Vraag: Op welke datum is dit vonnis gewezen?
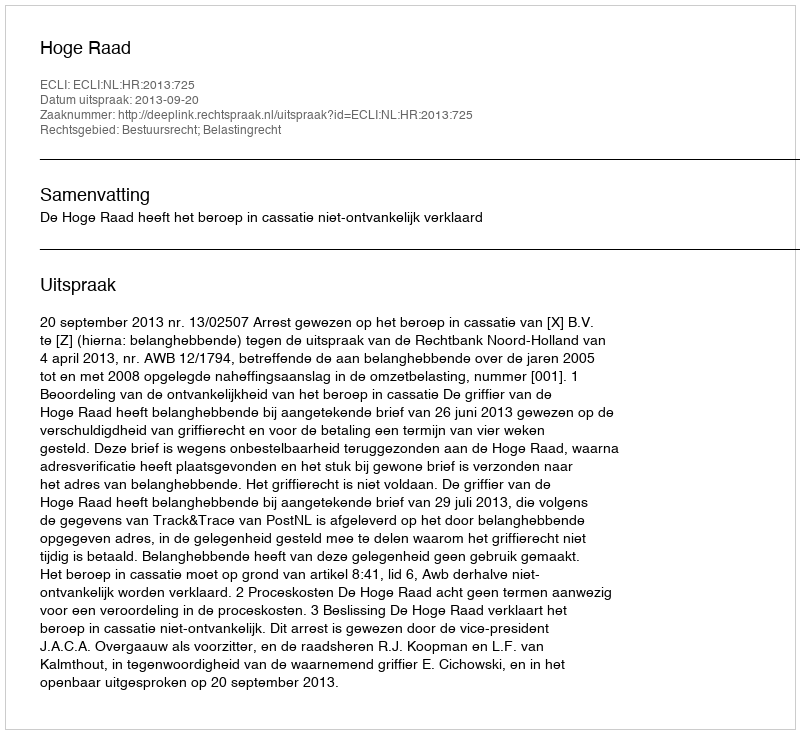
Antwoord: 2013-09-20